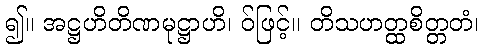
၍။ အဋ္ဌဟိတိဏမုဋ္ဌာဟိ၊ ဝ်ဖြင့်။ တိသဟတ္ထစိတ္တတံ၊